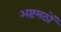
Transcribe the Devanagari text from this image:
अष्टमठों